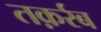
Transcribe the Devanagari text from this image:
तक़र्रब